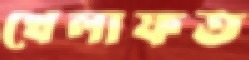
খেলাফত